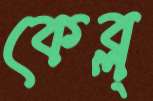
কেব্ল্